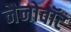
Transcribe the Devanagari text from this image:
नैनोवॉट